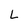
Character: L